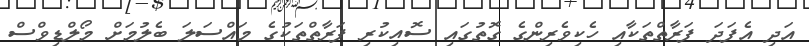
އަދި އެފަދަ ފަރާތްތަކާއި ހެކިވެރިންގެ ގޮތުގައި ސޮއިކުރި ފަރާތްތަކުގެ މައްސަލަ ބެލުމަށް މޯލްޑިވްސް